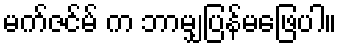
မက်ဇင်မ် က ဘာမျှပြန်မဖြေပါ။